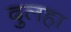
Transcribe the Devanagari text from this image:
दुलहा